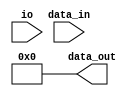
module cloz(/*AUTOARG*/
    //Inputs
    data_in, io, 

    //Outputs
    data_out);
    input  [31:0]  data_in;
    input          io;

    output [31:0]  data_out;
    /* 
    reg    [31:0]  v, c, data_out;
    always @* begin
        if (io == 1)
            v = ~(data_in ^ (data_in - 1));
        else 
            v = data_in ^ (data_in - 1);
       
        for (c=0; v; c=c+1)
            v = v>>1;
        data_out = c;
    end
    */
    wire    [31:0]  result = 32'b0;
    wire    [31:0]  value;
    wire    [15:0]  val16;
    wire    [7:0]   val8;
    wire    [3:0]   val4;
    assign  value = io ? ~data_in : data_in;
    assign  result[4] = (value[31:16] == 16'b0);
    assign  val16     = result[4] ? value[15:0] : value[31:16];
    assign  result[3] = (val16[15:8] == 8'b0);
    assign  val8      = result[3] ? val16[7:0] : val16[15:8];
    assign  result[2] = (val8[7:4] == 4'b0);
    assign  val4      = result[2] ? val8[3:0] : val8[7:4];
    assign  result[1] = (val4[3:2] == 2'b0);
    assign  result[0] = result[1] ? ~val4[1] : ~val4[3];
    
    assign  data_out = result;
endmodule